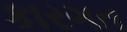
કારગત